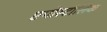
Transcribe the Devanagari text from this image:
एपोस्टोलिक